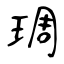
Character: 琱